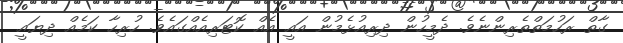
ގާތް ރަހުމަތްތެރިންނެވެ. ދެމީހުން ދިރިއުޅެމުން އައީ އެއް ކޮޓަރިއެއްގައެވެ. ހުރިހާ ކަމެއް ދިޔައީ